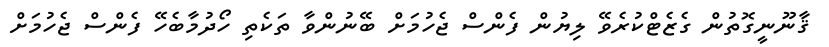
ޤާނޫނީގޮތުން ގެޒެޓްކުރެވޭ ލިޔުން ފެންސް ޖެހުމަށް ބޭނުންވާ ތަކެތި ހޯދުމާބެހޭ ފެންސް ޖެހުމަށް